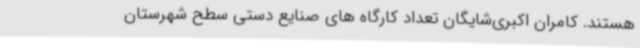
هستند. کامران اکبری‌شایگان تعداد کارگاه های صنایع دستی سطح شهرستان